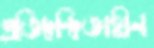
প্রতিদ্বন্দ্বিতাহীন